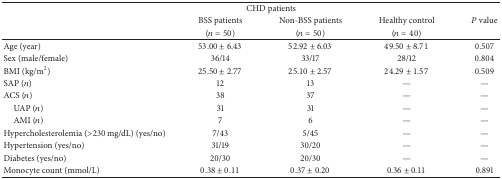
|  | <COLSPAN=2> CHD patients |  |  |
 |  | BSS patients | Non-BSS patients | Healthy control | P value |
 |  | (n = 50) | (n = 50) | (n = 40) |  |
 | --- | --- | --- | --- | --- |
 | Age (year) | 53.00 ± 6.43 | 52.92 ± 6.03 | 49.50 ± 8.71 | 0.507 |
 | Sex (male/female) | 36/14 | 33/17 | 28/12 | 0.804 |
 | BMI (kg/m2) | 25.50 ± 2.77 | 25.10 ± 2.57 | 24.29 ± 1.57 | 0.509 |
 | SAP (n) | 12 | 13 | — | — |
 | ACS (n) | 38 | 37 | — | — |
 | UAP (n) | 31 | 31 | — | — |
 | AMI (n) | 7 | 6 | — | — |
 | Hypercholesterolemia (>230 mg/dL) (yes/no) | 7/43 | 5/45 | — | — |
 | Hypertension (yes/no) | 31/19 | 30/20 | — | — |
 | Diabetes (yes/no) | 20/30 | 20/30 | — | — |
 | Monocyte count (mmol/L) | 0.38 ± 0.11 | 0.37 ± 0.20 | 0.36 ± 0.11 | 0.891 |